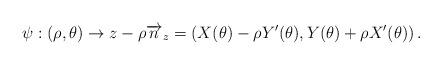
LaTeX: \begin{align*}\psi:\left( \rho ,\theta \right) \rightarrow z-\rho \overrightarrow{n}_{z}=\left(X(\theta )-\rho Y^{\prime }(\theta ),Y(\theta )+\rho X^{\prime }(\theta )\right) .\end{align*}